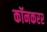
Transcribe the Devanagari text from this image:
कॉनकरर